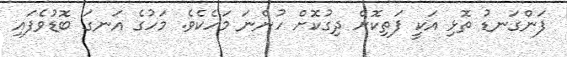
ފަންގަނޑު ތޮޅި އަކީ ފަތިކޮށް ދިގުކޮށް ހުންނަ މަހެކެވެ. މަހުގެ އަނގަ ބޮޑުވެފައި